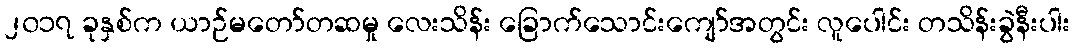
၂၀၁၇ ခုနှစ်က ယာဉ်မတော်တဆမှု လေးသိန်း ခြောက်သောင်းကျော်အတွင်း လူပေါင်း တသိန်းခွဲနီးပါး